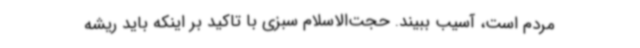
مردم است، آسیب ببیند. حجت‌الاسلام سبزی با تاکید بر اینکه باید ریشه